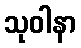
သုဝါနာ